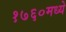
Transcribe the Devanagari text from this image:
१७६०मध्ये